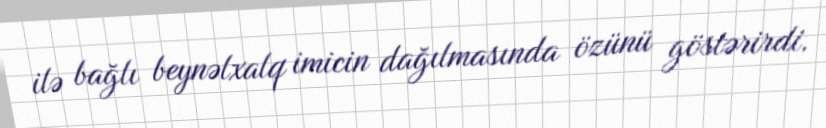
ilə bağlı beynəlxalq imicin dağılmasında özünü göstərirdi.